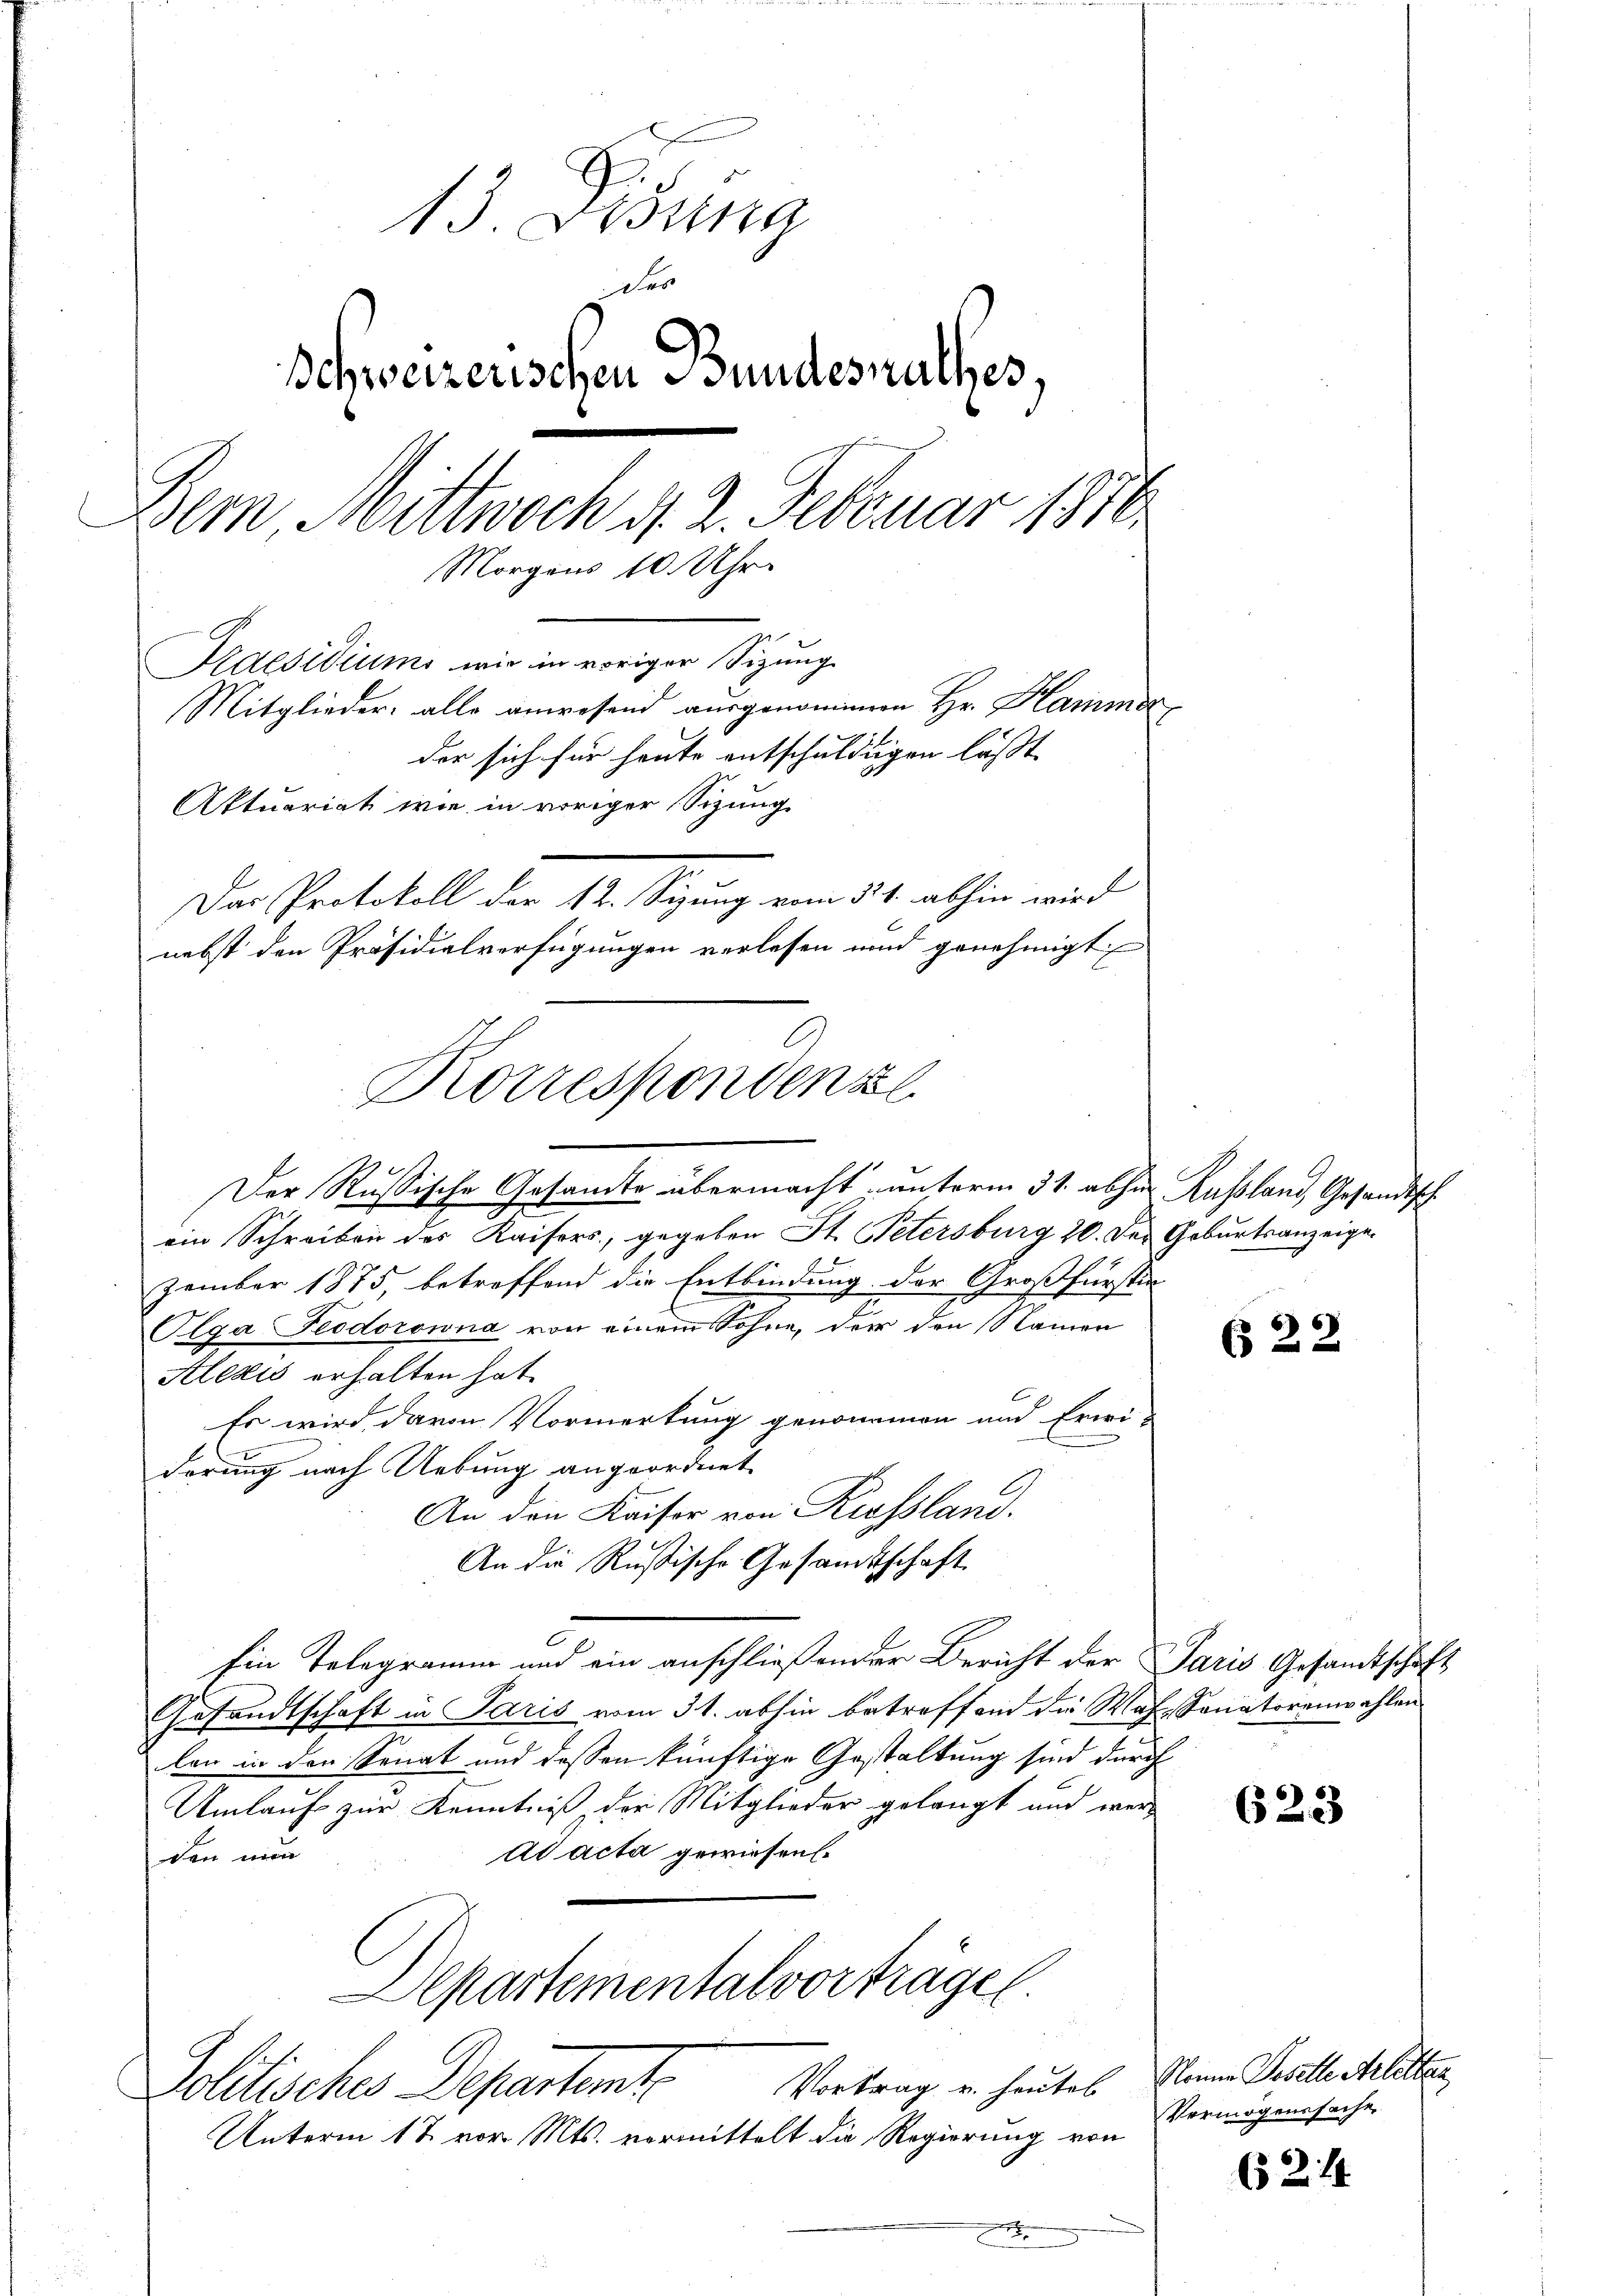
13. Jung
fer
Schweizerischen Bundesrathes,
Bern Mittwoch 4. 2. Februar 1870
Morgens 10 Uhr.
Praesidium wie in voriger Sitzung
Mitglieder: alle anwesend ausgenommen Hr. Hammer
der sich für heute entschuldigen lässt,
Aktuariat wie in voriger Sitzung.
Das Protokoll der 14. Sigung vom 24. abhin wird
nebst den Präsidialverfügungen verlesen und genehmigt

Korrespondense

Der Rußische Gesandte übermacht unterm 31. abhar Rußland, Gesandtsch
ein Schreiben des Kaisers, gegeben St. Petersburg 20. des Geburtsanzeige
zember 1875, betreffend die Entbindung der Großfürstin
Olga Feodorowna von einem Sohne, der den Namen
Alexis erhalten hat.
Es wird, davon Vormerkung genommen und Erwi
n
derung nach Uebung angeordnet
An den Kaiser von Kisssland.
An die Rußische Gesamtschaft
Ein Telegramm und ein anschließender Bericht der Paris Gesandtschaft
Gesandtschaft in Paris vom 31. abhin betreffend die Wah- Sanatorenwahlen
len in den Senat und dessen künftige Gestaltung sind durch
Umlauf zur Kenntniß der Mitglieder gelangt und werad acta gewiesen.
den nen
Departementalvorträgen
Vortrag u. heutes Nonne Dosette Arbeiten
Politisches Departent
Unterm 12t vor. Mts. vormittelt die Regierung von
e

22

623

Vermögenssache

(52. 14